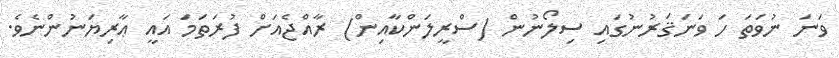
ވަނަ ނުވަތަ ހަ ވަނަޤަރުނުގައި ސިލޯނުން (ސްރީލަންކާއިން) ރާއްޖެއަށް ފުރަތަމަ އައީ ޢާރިޔަނުންނެވެ.